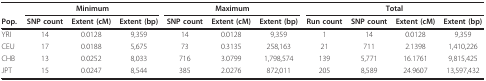
|  | <COLSPAN=3> Minimum | <COLSPAN=3> Maximum | <COLSPAN=4> Total |
 | Pop. | SNP count | Extent (cM) | Extent (bp) | SNP count | Extent (cM) | Extent (bp) | Run count | SNP count | Extent (cM) | Extent (bp) |
 | --- | --- | --- | --- | --- | --- | --- | --- | --- | --- | --- |
 | YRI | 14 | 0.0128 | 9,359 | 14 | 0.0128 | 9,359 | 1 | 14 | 0.0128 | 9,359 |
 | CEU | 17 | 0.0188 | 5,675 | 73 | 0.3135 | 258,163 | 21 | 711 | 2.1398 | 1,410,226 |
 | CHB | 13 | 0.0252 | 8,033 | 716 | 3.0799 | 1,798,574 | 139 | 5,771 | 16.1761 | 9,815,425 |
 | JPT | 15 | 0.0247 | 8,544 | 385 | 2.0276 | 872,011 | 205 | 8,589 | 24.9607 | 13,597,432 |